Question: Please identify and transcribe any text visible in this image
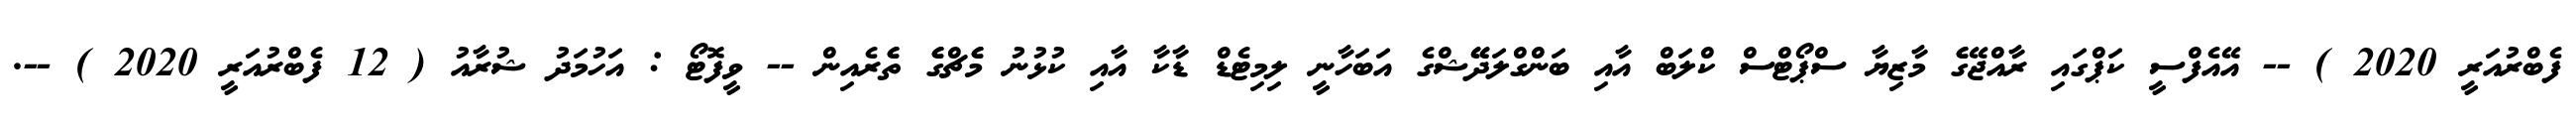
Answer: ފެބްރުއަރީ 2020 ) -- އޭއެފްސީ ކަޕްގައި ރާއްޖޭގެެ މާޒިޔާ ސްޕޯޓްސް ކްލަބް އާއި ބަންގްލަދޭޭޝްގެ އަބަހާނީ ލިމިޓެޑް ޑާކާ އާއި ކުޅުނު މެެޗްގެެ ތެެރެއިން -- ވީފޮޓޯ : އަހުމަދު ޝުރާއު ( 12 ފެބްރުއަރީ 2020 ) --.